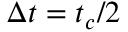
\Delta t = t _ { c } / 2